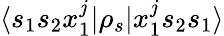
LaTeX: \langle s_{1}s_{2}x_{1}^{j}|\rho_{s}|x_{1}^{j}s_{2}s_{1}\rangle